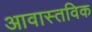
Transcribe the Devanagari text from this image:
आवास्तविक